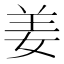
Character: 姜